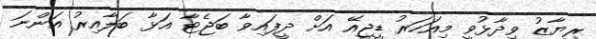
ރިޔާޒު ވިދާޅުވީ މިއަހަރު ޑީޖީއޭ އަށް ދީފައިވާ ބަޖެޓާ އަޅާ ބަލާއިރު އަންނަ